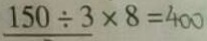
1 5 0 \div 3 \times 8 = 4 0 0